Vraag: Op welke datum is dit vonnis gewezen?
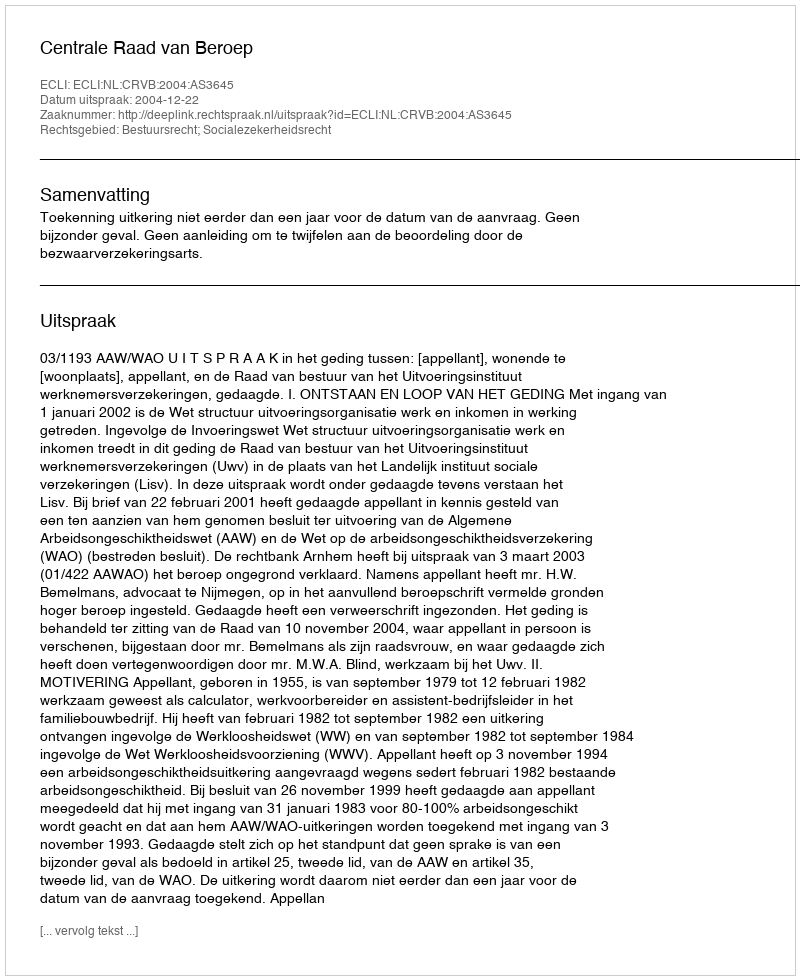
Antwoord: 2004-12-22